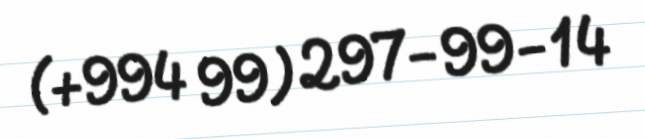
(+994 99) 297-99-14